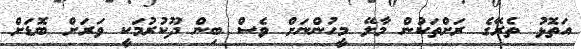
އަތޮޅު ތެރޭގެ ރަށްތަކުން މާލޭ މީހުންނަށް ވެސް ބިން ދޫކުރުމަކީ ވަރަށް ބޮޑަށް